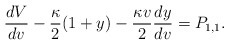
\begin{align*} \frac{dV}{dv}-\frac{\kappa}{2}(1+y)-\frac{\kappa v}{2}\frac{dy}{dv}=P_{1,1}.\end{align*}